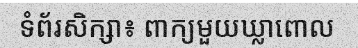
ទំព័រសិក្សា៖ ពាក្យមួយឃ្លាពោល